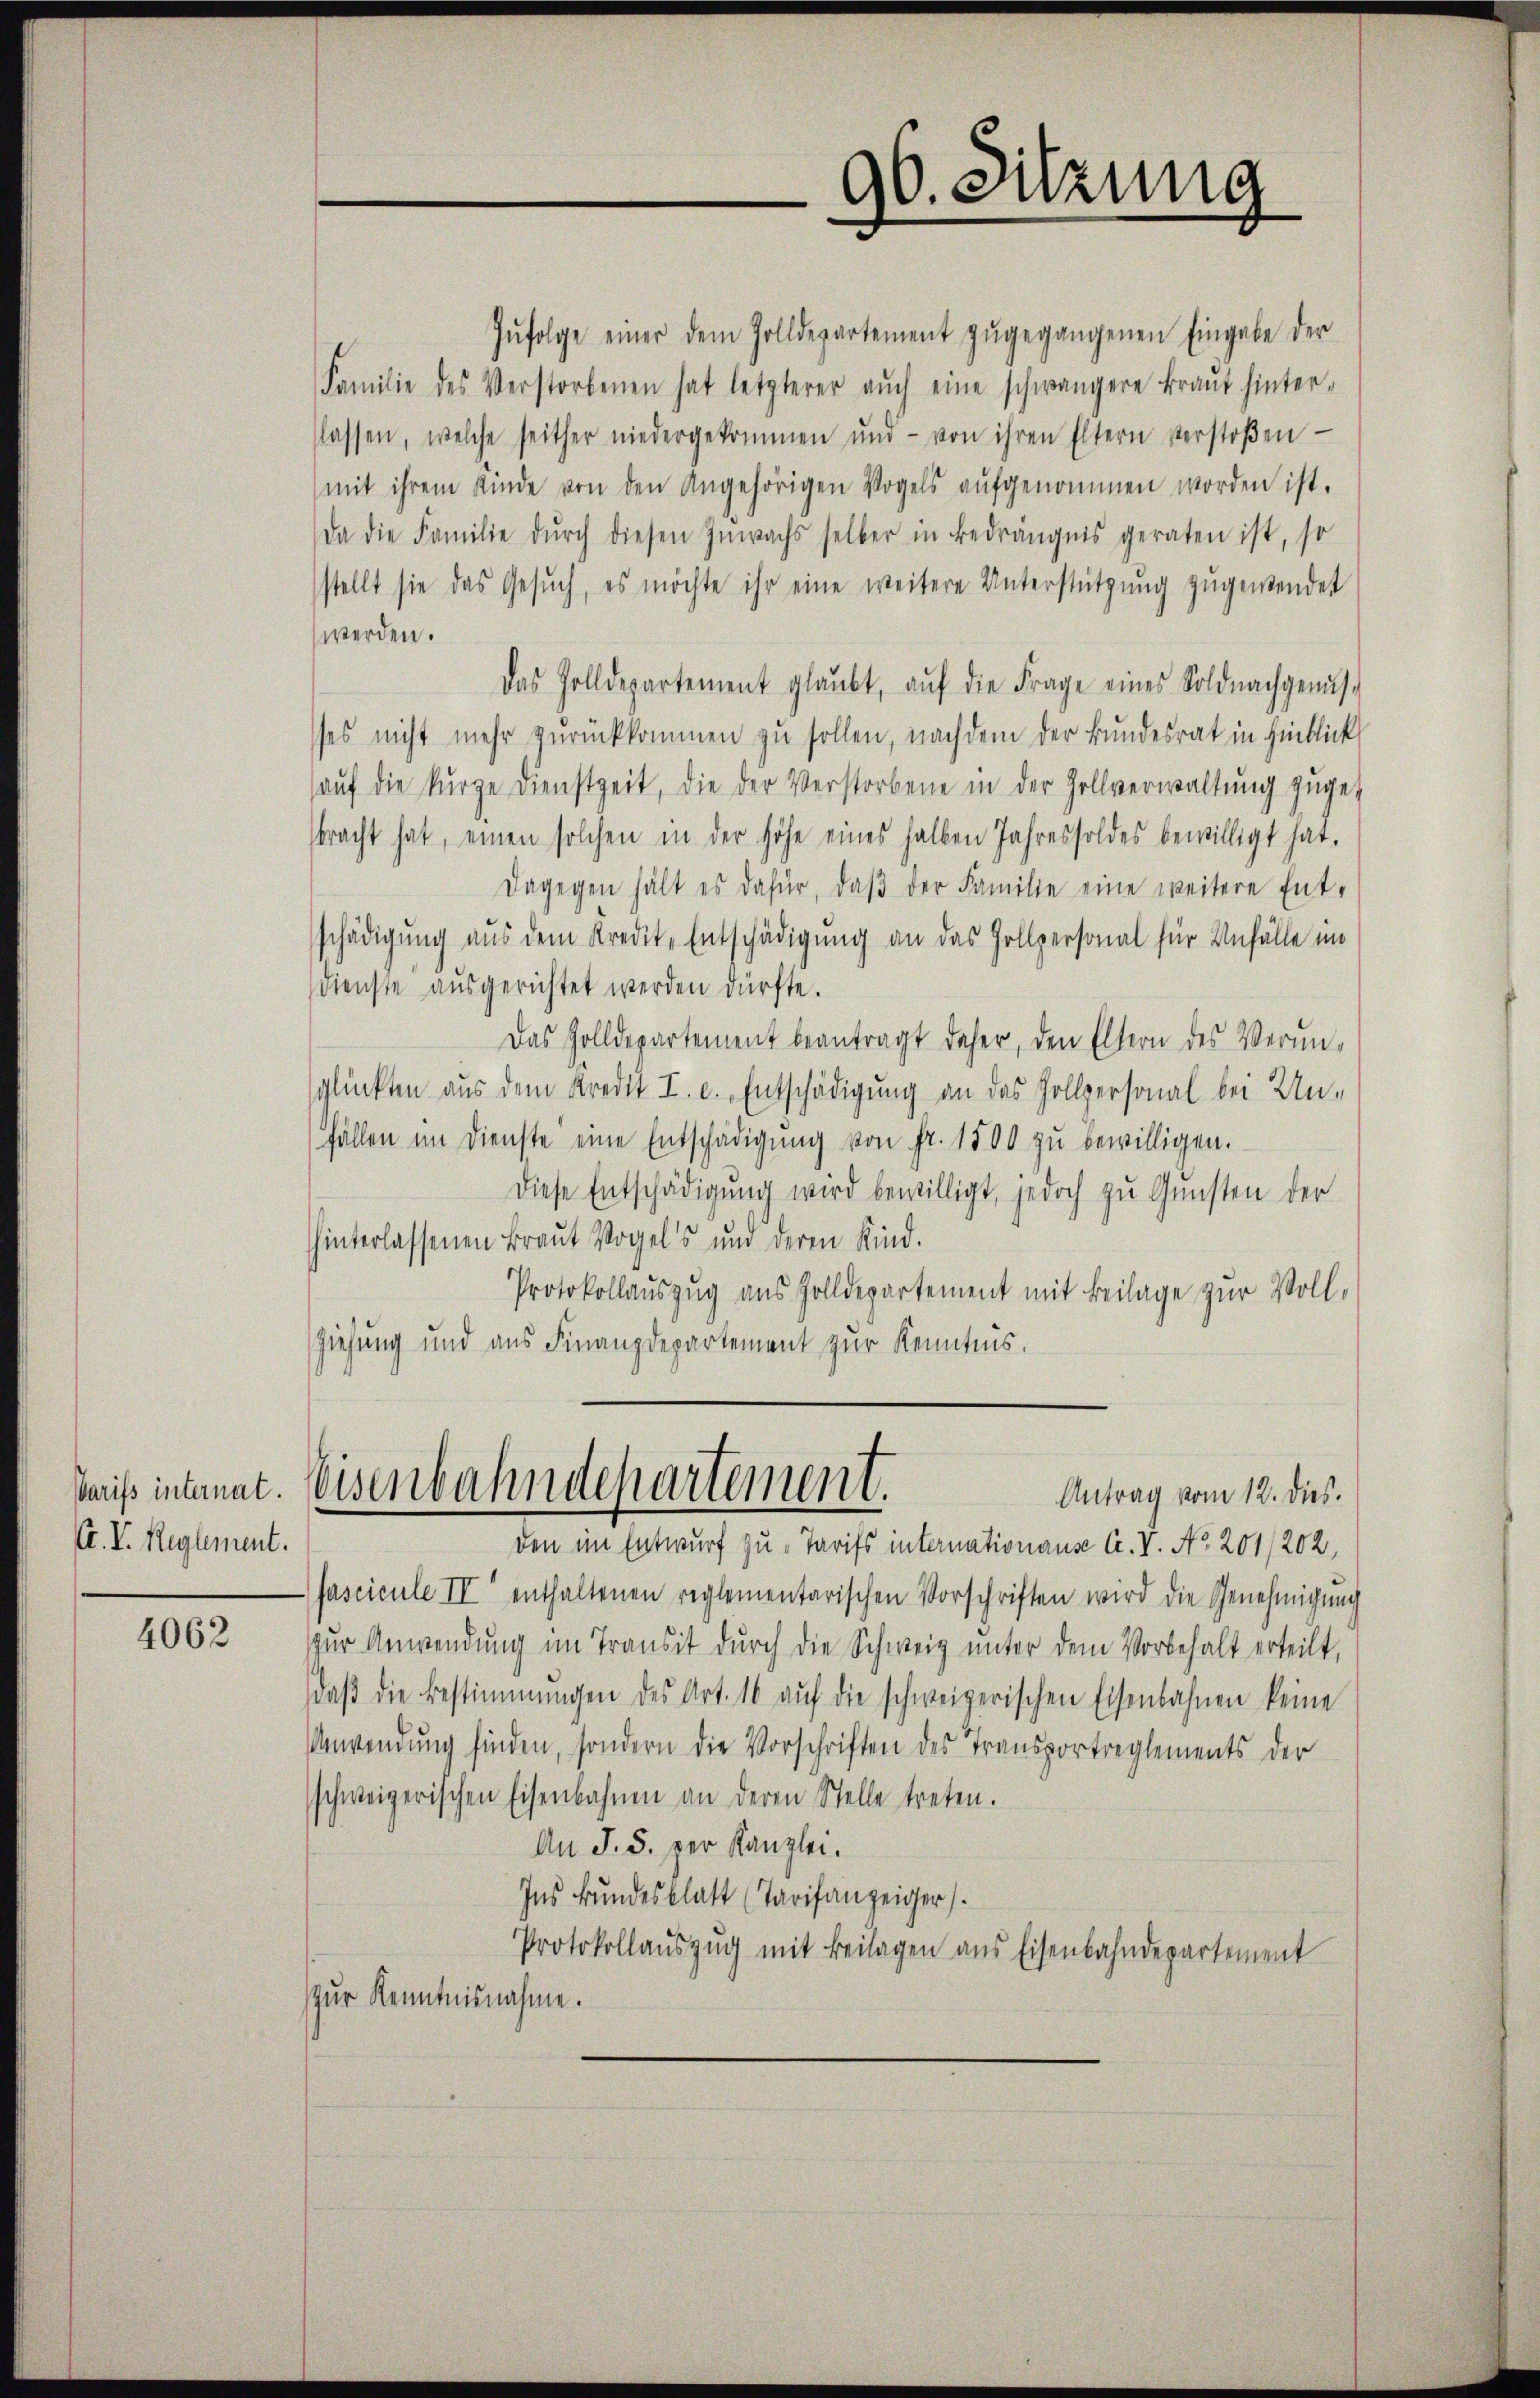
Varifs internat.
Ex. V. Reglement.

4062

96. Sitzung

Eisenbahndepartement.
Antrag vom 12. dies.

Infolge einer dem Zolldepartement zŭgegangenen Eingabe der
Familie des Verstorbenen hat letzterer aŭch eine schwängere Braŭt hinter-
slassen, welche seither niedergekommen und von ihren Eltern verstoβen
(mit ihrem Kinde von den Angehörigen Vogels aŭfgenommen worden ist.
Da die Familie dŭrch diesen Inwachs selber in Bedrängnis geraten ist, so
stellt sie das Gesŭch, es möchte ihr eine weitere Unterstützŭng zugewendet
werden.
das Zolldepartement glaubt, aŭf die Frage eines Soldnachgenŭs-
es nicht mehr zurückkommen zu sollen, nachdem der Bundesrat in Hinblick
aŭf die kurze Dienstzeit, die der Verstorbene in der Zollverwaltung zugesbracht hat, einen solchen in der höhe eines halben Jahres soldes bewilligt hat.
Dagegen hält es dafür, daβ der Familie eine weitere Ent-
schädigung aus dem Kredit-Entschädigung an das Zollpersonal für Unfälle im
Dienste ausgerichtet werden dürfte.
Das Zolldepartement beantragt daher, den Eltern des Verunglückten aus dem Kredit I. c. Entschädigung an das Zollpersonal bei Un-
fällen im Dienste eine Entschädigŭng von fr. 1500 zŭ bewilligen.
Diese Entschädigung wird bewilligt, jedoch zu Gunsten der
hinterlassenen Braŭt Vogels und deren Kind.
Protokollauszug aus Zolldepartement mit Beilage zur Vollziehung und aus Finanzdepartement zur Kenntnis.

den im Entwurf zu Tarifs internationause C.V. No 201/202,
fascicule II enthaltenen reglementarischen Vorschriften wird die Genehmigŭng
zur Anwendung im Transit durch die Schweiz unter dem Vorbehalt erteilt,
daβ die Bestimmungen des Art. 16 aŭf die schweizerischen Eisenbahnen keine
nwendung finden, sondern die Vorschriften des Transportreglements der
schweizerischen Eisenbahnen an deren Stelle treten.
An J. 5. per Kanzlei.
Ins Bundesblatt (Tarifanzeiger.
Protokollaŭszŭg mit Beilagen aus Eisenbahndepartement
zur Kenntnisnahme.